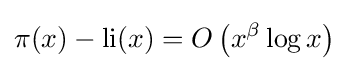
\pi (x)-\operatorname {li} (x)=O\left(x^{\beta }\log x\right)